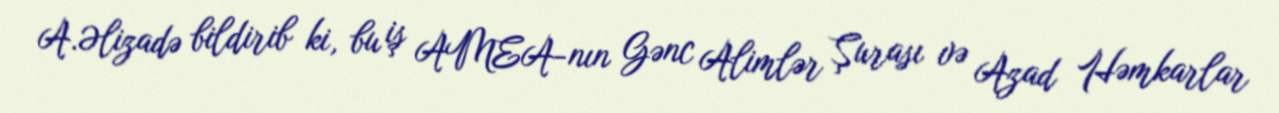
A.Əlizadə bildirib ki, bu iş AMEA-nın Gənc Alimlər Şurası və Azad Həmkarlar